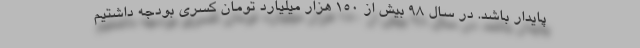
پایدار باشد. در سال ۹۸ بیش از ۱۵۰ هزار میلیارد تومان کسری بودجه داشتیم